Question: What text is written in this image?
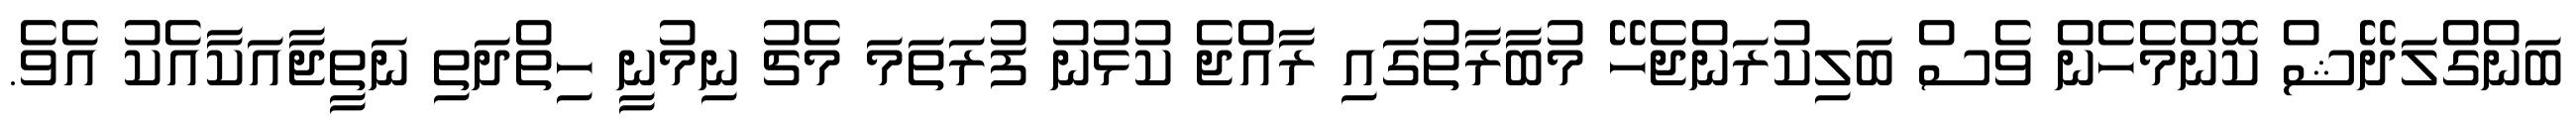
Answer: ބަންގްލަދޭޝް ކޮންމެހެން ވެސް ބަލިކުރަންޖެހޭ މުބާރާތުގައި ރާއްޖެ ކުޅުނު ފުރަތަމަ މެޗު ނިމުނީ ހިތްދަތި ނަތީޖާއަކާއެކު އެވެ.